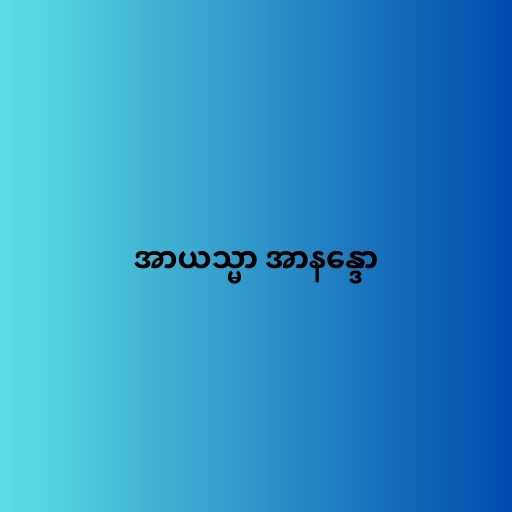
အာယသ္မာ အာနန္ဒော